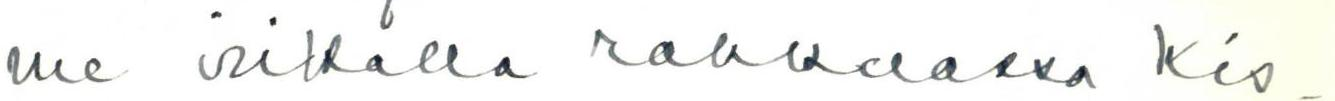
me viikolla rakkaassa Kis-